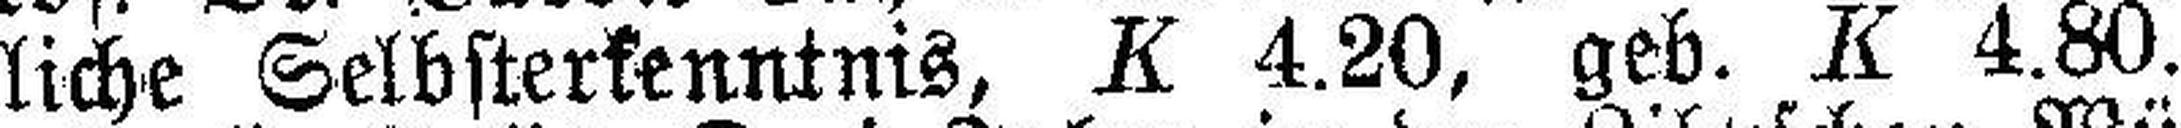
liche Selbsterkenntnis, K 4.20, geb. K 4.80.